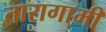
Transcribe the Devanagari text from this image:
तारागामी